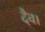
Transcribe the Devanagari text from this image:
दैव।